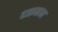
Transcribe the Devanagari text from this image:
दारूकाम